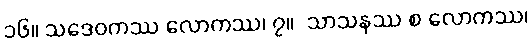
၁၆။ သဒေဝကဿ လောကဿ၊ ၇။  သာသနဿ စ လောကဿ၊